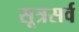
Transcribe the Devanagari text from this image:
सूत्रसर्व